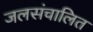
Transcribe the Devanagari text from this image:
जलसंचालित